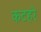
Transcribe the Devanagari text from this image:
कटहरे